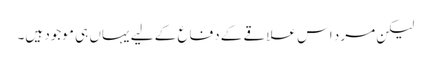
لیکن مرد اس علاقے کے دفاع کے لیے یہاں ہی موجود ہیں۔